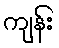
ကျန်း